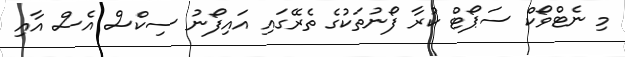
މި ނެޓްވޯކް ސަޕޯޓް ކުރާ ފޯނުތަކުގެ ތެރޭގައި އައިފޯނު ސިކްސް އެސް އާއި